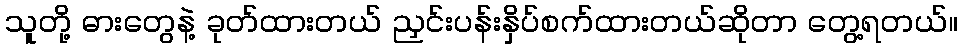
သူတို့ ဓားတွေနဲ့ ခုတ်ထားတယ် ညှင်းပန်းနှိပ်စက်ထားတယ်ဆိုတာ တွေ့ရတယ်။